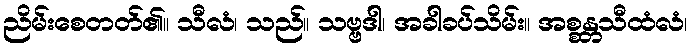
ညိမ်းစေတတ်၏။ သီလံ၊ သည်။ သဗ္ဗဒါ၊ အခါခပ်သိမ်း။ အစ္စန္တသီထံလံ၊